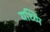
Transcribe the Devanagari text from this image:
यध्य्पि